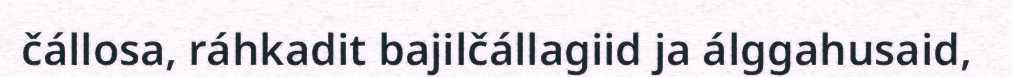
čállosa, ráhkadit bajilčállagiid ja álggahusaid,